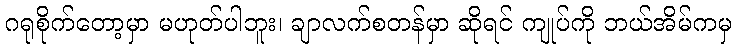
ဂရုစိုက်တော့မှာ မဟုတ်ပါဘူး၊ ချာလက်စတန်မှာ ဆိုရင် ကျုပ်ကို ဘယ်အိမ်ကမှ